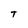
Character: t